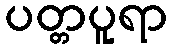
ပတ္တပူရာ